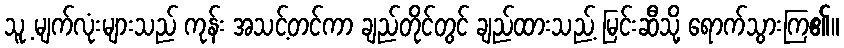
သူ့ မျက်လုံးများသည် ကုန်း အသင့်တင်ကာ ချည်တိုင်တွင် ချည်ထားသည့် မြင်းဆီသို့ ရောက်သွားကြ၏။